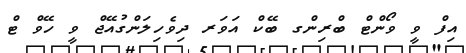
އިފް ވީ ވޯންޓް ބްރިންގ ބޭކް އަވަރ ދިވެހިލަންގުއޭޖް ވީ ހޭވް ޓް